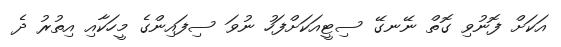
އަކަށް ފޮނުވި ގޮތް ނޭނގޭ ސިޓީއަކަށްފަހު ނުވަ ސިފައިންގެ މީހަކާއި އިތުރު ދެ